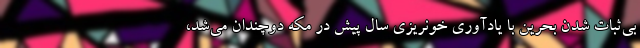
بی‌ثبات شدن بحرین با یادآوری خونریزی سال پیش در مکه دوچندان می‌شد،